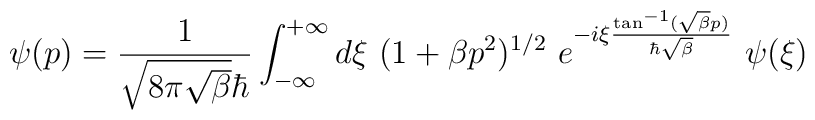
\psi(p) = \frac{1}{\sqrt{8\pi\sqrt{\beta}}\hbar} \int_{-\infty}^{+\infty} d{\xi} {\mbox{ }} (1+\beta p^2)^{1/2} {\mbox{ }} e^{-i{\xi}\frac{\tan^{-1}(\sqrt{\beta} p)}{\hbar \sqrt{\beta}}}{\mbox{ }} \psi({\xi})